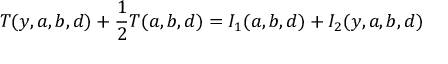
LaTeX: T ( y , a , b , d ) + \frac { 1 } { 2 } T ( a , b , d ) = I _ { 1 } ( a , b , d ) + I _ { 2 } ( y , a , b , d )